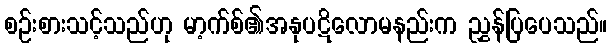
စဉ်းစားသင့်သည်ဟု မာ့က်စ်၏အနုပဋိလောမနည်းက ညွှန်ပြပေသည်။